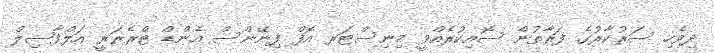
ދިވެހި ސަރުކާރުގެ ފަރާތުން ސޮއިކުރެއްވީ މިނިސްޓަރ އޮފް ފިނޭންސް އެންޑް ޓްރެޜަރީ އަލްފާޟިލް